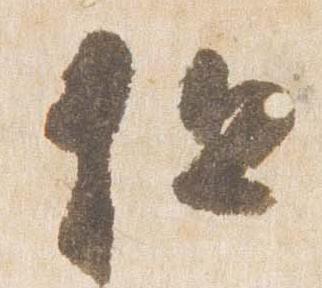
但